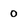
Character: 0